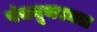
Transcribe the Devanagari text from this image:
पंचबूथस्थल